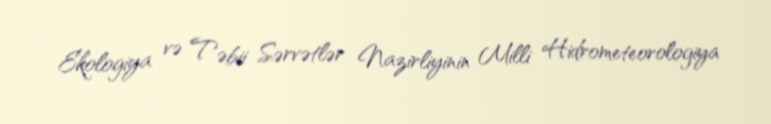
Ekologiya və Təbii Sərvətlər Nazirliyinin Milli Hidrometeorologiya